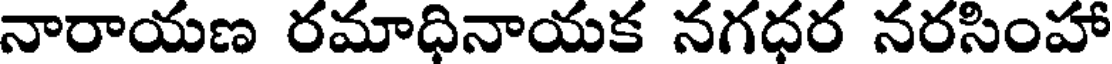
నారాయణ రమాధినాయక నగధర నరసింహా